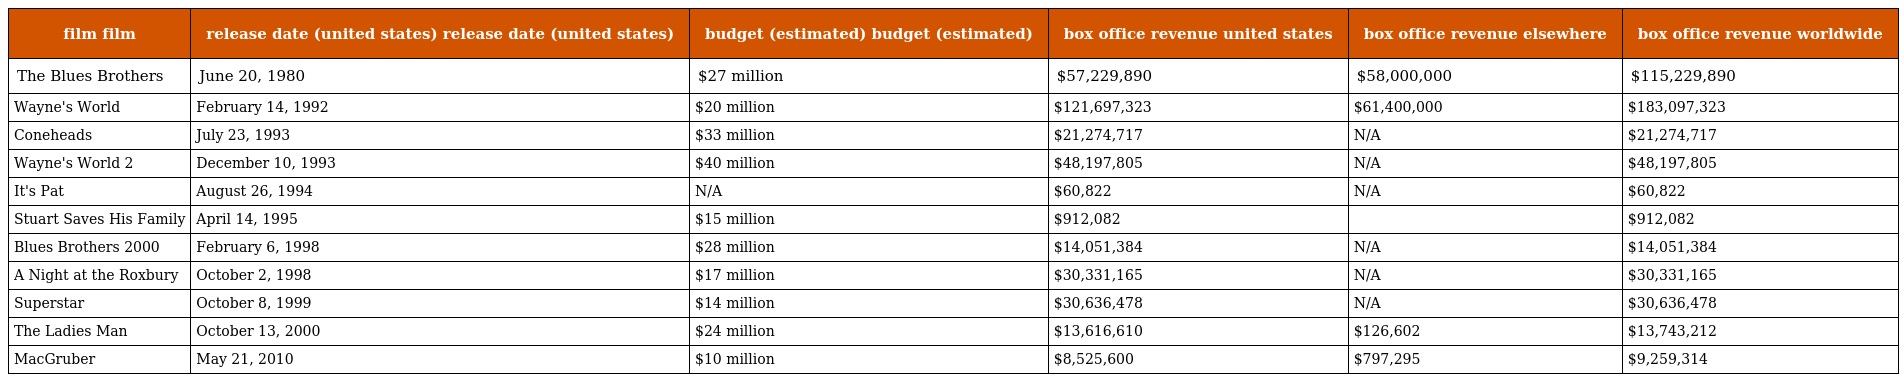
| film film | release date (united states) release date (united states) | budget (estimated) budget (estimated) | box office revenue united states | box office revenue elsewhere | box office revenue worldwide |
 | --- | --- | --- | --- | --- | --- |
 | The Blues Brothers | June 20, 1980 | $27 million | $57,229,890 | $58,000,000 | $115,229,890 |
 | Wayne's World | February 14, 1992 | $20 million | $121,697,323 | $61,400,000 | $183,097,323 |
 | Coneheads | July 23, 1993 | $33 million | $21,274,717 | N/A | $21,274,717 |
 | Wayne's World 2 | December 10, 1993 | $40 million | $48,197,805 | N/A | $48,197,805 |
 | It's Pat | August 26, 1994 | N/A | $60,822 | N/A | $60,822 |
 | Stuart Saves His Family | April 14, 1995 | $15 million | $912,082 |  | $912,082 |
 | Blues Brothers 2000 | February 6, 1998 | $28 million | $14,051,384 | N/A | $14,051,384 |
 | A Night at the Roxbury | October 2, 1998 | $17 million | $30,331,165 | N/A | $30,331,165 |
 | Superstar | October 8, 1999 | $14 million | $30,636,478 | N/A | $30,636,478 |
 | The Ladies Man | October 13, 2000 | $24 million | $13,616,610 | $126,602 | $13,743,212 |
 | MacGruber | May 21, 2010 | $10 million | $8,525,600 | $797,295 | $9,259,314 |